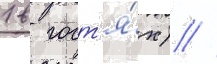
1 в гост'я́х) //